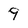
Character: 9